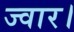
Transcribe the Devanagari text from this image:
ज्वार।